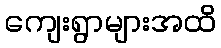
ကျေးရွာများအထိ